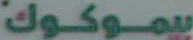
بيموكوك